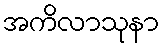
အကိလာသုနာ